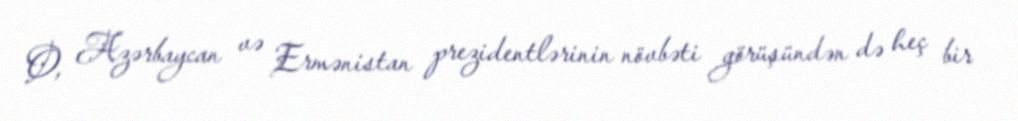
O, Azərbaycan və Ermənistan prezidentlərinin növbəti görüşündən də heç bir